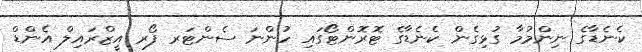
ކެނެޑާގެ ނިންމުމާ ގުޅިގެން ކެނެޑާގެ ޓޮރޮންޓޯގައި ހުންނަ ސެންޓަރ ފޯރ އީޒްރައިލް އެންޑް